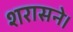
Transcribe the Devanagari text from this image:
शरासने।